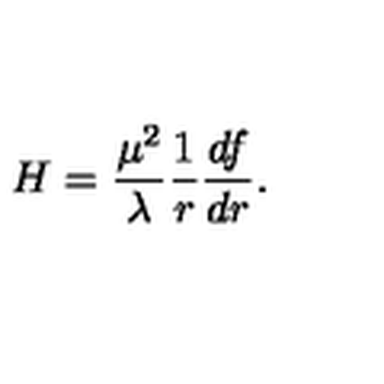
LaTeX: H = { \frac { \mu ^ { 2 } } { \lambda } } { \frac { 1 } { r } } { \frac { d f } { d r } } .